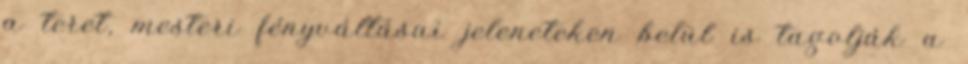
a teret, mesteri fényváltásai jeleneteken belül is tagolják a